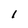
Character: l